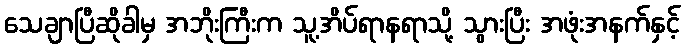
သေချာပြီဆိုခါမှ အဘိုးကြီးက သူ့အိပ်ရာနရာသို့ သွားပြီး အဖုံးအနက်နှင့်